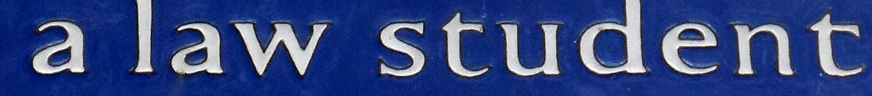
a law student